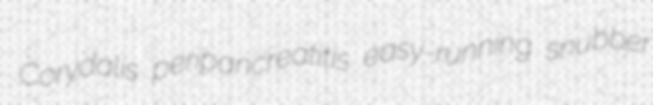
Corydalis peripancreatitis easy-running snubber